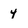
Character: 4